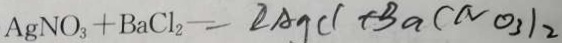
A g N O _ { 3 } + B a C l _ { 2 } = 2 A g C l + B a ( N O _ { 3 } ) 2